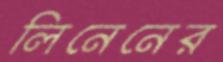
লিনেনের